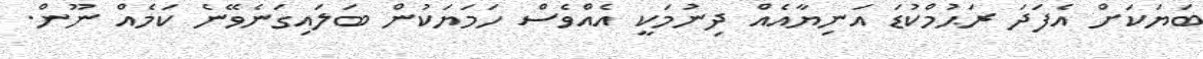
ބަޔަކަށް އެފަދަ ރަޙުމްކުޑަ އަނިޔާއެއް ދިނުމަކީ އެއްވެސް ހަމަޔަކުން ބަލައިގަނެވޭނެ ކަމެއް ނޫން.